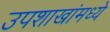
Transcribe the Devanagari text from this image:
उपशाखांमध्ये